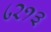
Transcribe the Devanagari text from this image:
८२१३